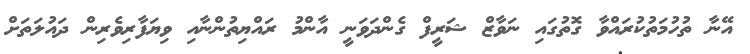
އޭނާ ތުހުމަތުކުރައްވާ ގޮތުގައި ނަވާޒް ޝަރީފް ގެންދަވަނީ އާންމު ރައްޔިތުންނާއި ވިޔަފާރިވެރިން ދައުލަތަށް